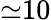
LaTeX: {\simeq}10